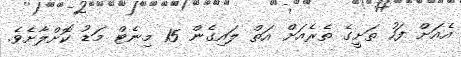
އެއަށް ފަހު ތަށީގެ ތެރެއަށް އަތް ލައިގެން 15 މިނެޓް މަޑު ކޮށްލާށެވެ.